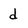
Character: d